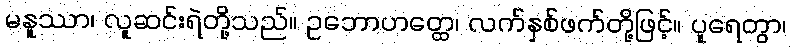
မနူဿာ၊ လူဆင်းရဲတို့သည်။ ဥဘောဟတ္ထေ၊ လက်နှစ်ဖက်တို့ဖြင့်။ ပူရေတွာ၊